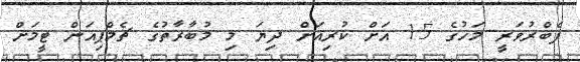
ފެބްރުވަރީ މަހުގެ 15 އަށް ކުރިއަށް ދިޔަ މި މުބާރާތުގެ ޗެމްޕިއަން ޓީމަށް